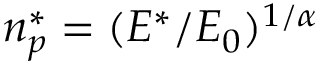
n _ { p } ^ { * } = ( E ^ { * } / E _ { 0 } ) ^ { 1 / \alpha }